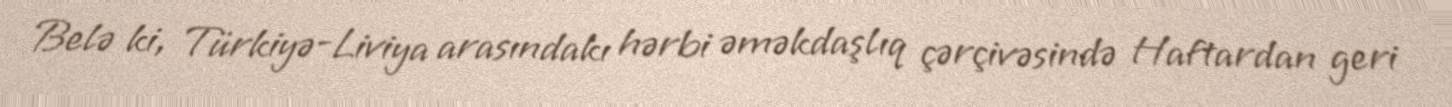
Belə ki, Türkiyə-Liviya arasındakı hərbi əməkdaşlıq çərçivəsində Haftardan geri